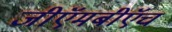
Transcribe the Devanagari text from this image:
जीऍमबीऍच